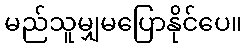
မည်သူမျှမပြောနိုင်ပေ။